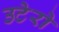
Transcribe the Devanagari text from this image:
उटेरो